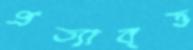
প্রত্যাবৃত্ত